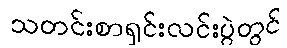
သတင်းစာရှင်းလင်းပွဲတွင်